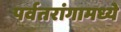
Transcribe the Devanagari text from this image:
पर्वतरांगामध्ये